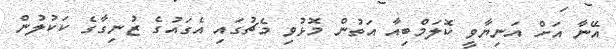
އޭނާ އަށް އަނިޔާވީ ކޮލަމްބިއާ އަތުން މޮޅުވި މެޗުގައި އެގައުގެ ޒުނިގާގެ ކަކުލުން